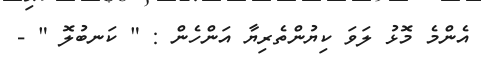
އެންމެ މޮޅު ލަވަ ކިޔުންތެރިޔާ އަންހެން : " ކަނބުލޮ " -